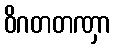
ဝိဂတတဏှာ